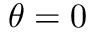
\theta = 0